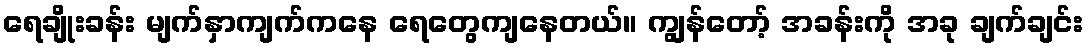
ရေချိုးခန်း မျက်နှာကျက်ကနေ ရေတွေကျနေတယ်။ ကျွန်တော့် အခန်းကို အခု ချက်ချင်း